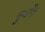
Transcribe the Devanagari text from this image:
मुग्धतेंत